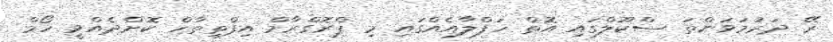
ރޭ ދަރުމަވަންތަ ސްކޫލްގައި އޮތް ހަފްލާއެއްގައި މި ޕްރޮގްރާމް އިފްތިތާހް ކޮށްދެއްވީ ހޯމް